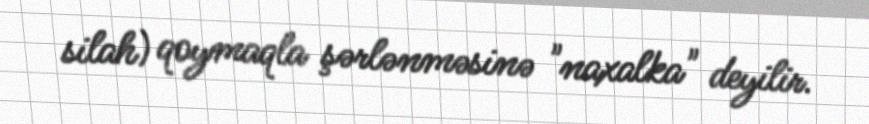
silah) qoymaqla şərlənməsinə "naxalka" deyilir.